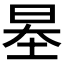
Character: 𡋵